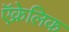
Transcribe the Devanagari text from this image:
ऍक्रेलिक